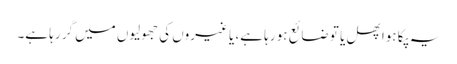
یہ پکا ہوا پھل یا تو ضائع ہو رہا ہے، یا غیروں کی جھولیوں میں گر رہا ہے۔